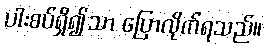
ပါးစပ်ရှိ၍သာ ပြောလိုက်ရသည်။